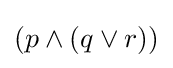
(p\land (q\lor r))